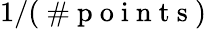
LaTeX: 1/(\mathrm{~\# ~p~o~i~n~t~s~})